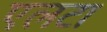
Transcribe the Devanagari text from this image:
एलटा